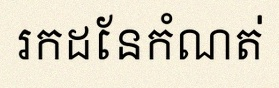
រកដែនកំណត់